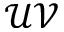
\mathcal { U V }